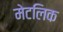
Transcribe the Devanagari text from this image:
मेटलिक